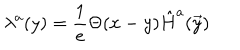
\lambda ^ { a } ( y ) = { \frac { 1 } { e } } \Theta ( x - y ) \hat { H } ^ { a } ( \vec { y } )